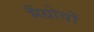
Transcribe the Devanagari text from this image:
मैंग्रोवों